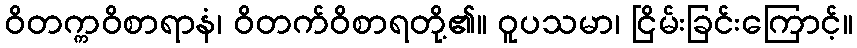
ဝိတက္ကဝိစာရာနံ၊ ဝိတက်ဝိစာရတို့၏။ ဝူပသမာ၊ ငြိမ်းခြင်းကြောင့်။